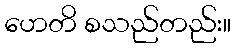
ဟေတိ စသည်တည်း။